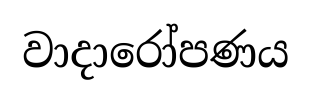
වාදාරෝපණය